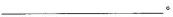
___。